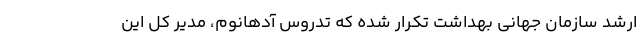
ارشد سازمان جهانی بهداشت تکرار شده که تدروس آدهانوم، مدیر کل این